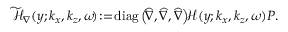
\begin{array} { r } { \mathcal { \widetilde { H } } _ { \nabla } ( y ; k _ { x } , k _ { z } , \omega \! ) \! : = \! \mathrm { d i a g } \left( \! \boldsymbol { \widehat { \nabla } } , \boldsymbol { \widehat { \nabla } } , \boldsymbol { \widehat { \nabla } } \right) \! \! \mathcal { H } ( y ; k _ { x } , k _ { z } , \omega ) \boldsymbol { P } . } \end{array}